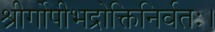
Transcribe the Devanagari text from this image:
श्रीर्गोपीभद्रोक्तिनिर्वतः।